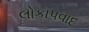
લોકાપવાદ